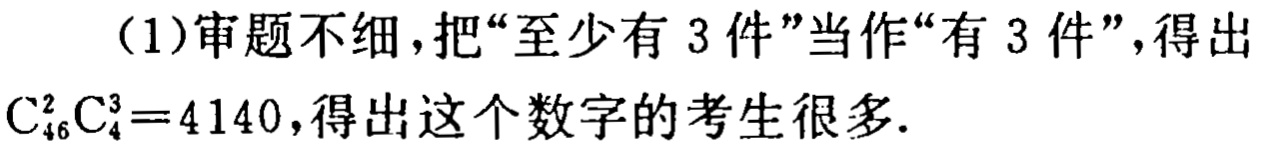
（1）审题不细，把“至少有 3 件”当作“有 3 件”，得出\(C_{46}^{2}C_{4}^{3}=4140\)，得出这个数字的考生很多.